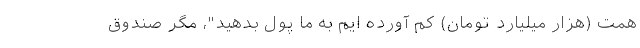
همت (هزار میلیارد تومان) کم آورده ایم به ما پول بدهید"، مگر صندوق